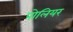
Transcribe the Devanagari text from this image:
पोलियर